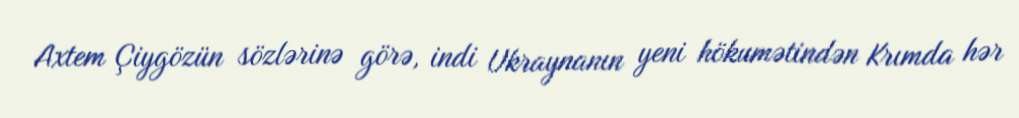
Axtem Çiygözün sözlərinə görə, indi Ukraynanın yeni hökumətindən Krımda hər